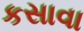
કસાવા